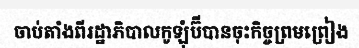
ចាប់តាំងពីរដ្ឋាភិបាលកូឡុំប៊ីបានចុះកិច្ចព្រមព្រៀង